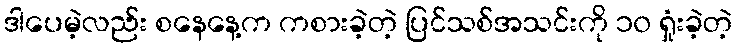
ဒါပေမဲ့လည်း စနေနေ့က ကစားခဲ့တဲ့ ပြင်သစ်အသင်းကို ၁၀ ရှုံးခဲ့တဲ့